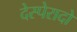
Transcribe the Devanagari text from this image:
देस्पेरादो